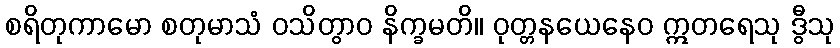
စရိတုကာမော စတုမာသံ ဝသိတွာဝ နိက္ခမတိ။ ဝုတ္တနယေနေဝ ဣတရေသု ဒွီသု